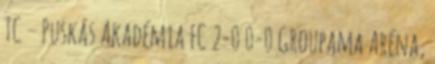
TC – Puskás Akadémia FC 2-0 0-0 Groupama Aréna,